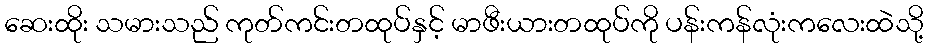
ဆေးထိုး သမားသည် ကုတ်ကင်းတထုပ်နှင့် မာဖီးယားတထုပ်ကို ပန်းကန်လုံးကလေးထဲသို့